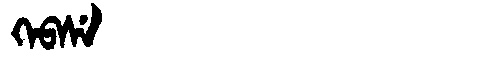
Manchu: ᡴᡝᠪᠰᡝ
Romanization: KEBSE